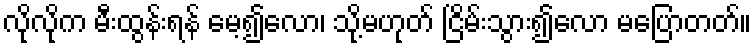
လိုလိုက မီးထွန်းရန် မေ့၍လော၊ သို့မဟုတ် ငြိမ်းသွား၍လော မပြောတတ်။